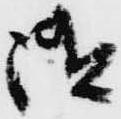
御